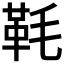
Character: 𩉪